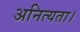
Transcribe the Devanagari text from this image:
अनित्यता।